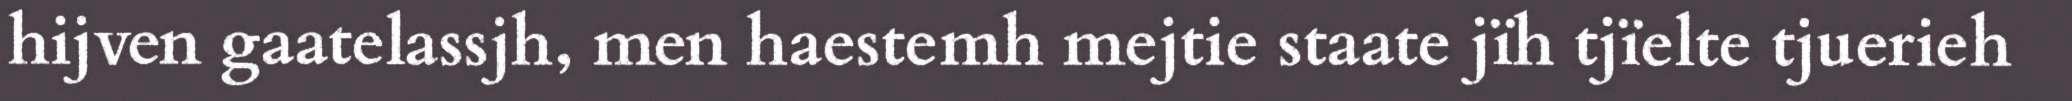
hijven gaatelassjh, men haestemh mejtie staate jïh tjïelte tjuerieh